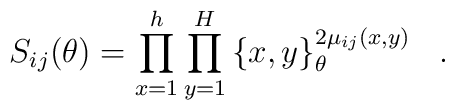
S_{ij}(\theta )=\prod\limits_{x=1}^{h}\prod\limits_{y=1}^{H}\left\{x,y\right\} _{\theta }^{2\mu _{ij}(x,y)}\,\,\,\,.